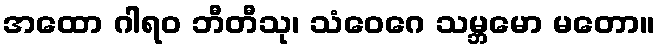
အထော ဂါရဝ ဘီတီသု၊ သံဝေဂေ သမ္ဘမော မတော။